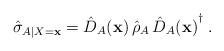
LaTeX: \begin{align*}\hat{\sigma}_{A|X=\mathbf{x}} = \hat{D}_A(\mathbf{x})\,\hat{\rho}_A\,{\hat{D}_A(\mathbf{x})}^\dag\;.\end{align*}